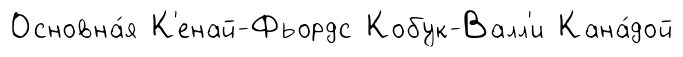
Основна́я К'енай-Фьордс Кобук-Валл'и Кана́дой